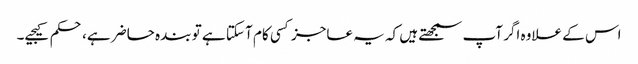
اس کے علاوہ اگر آپ سمجھتے ہیں کہ یہ عاجز کسی کام آ سکتا ہے تو بندہ حاضر ہے، حکم کیجیے۔